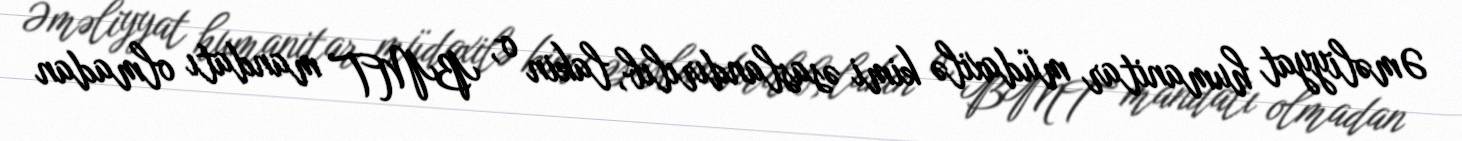
Əməliyyat humanitar müdaxilə kimi əsaslandırılıb, lakin o, BMT mandatı olmadan